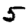
Digit: 5